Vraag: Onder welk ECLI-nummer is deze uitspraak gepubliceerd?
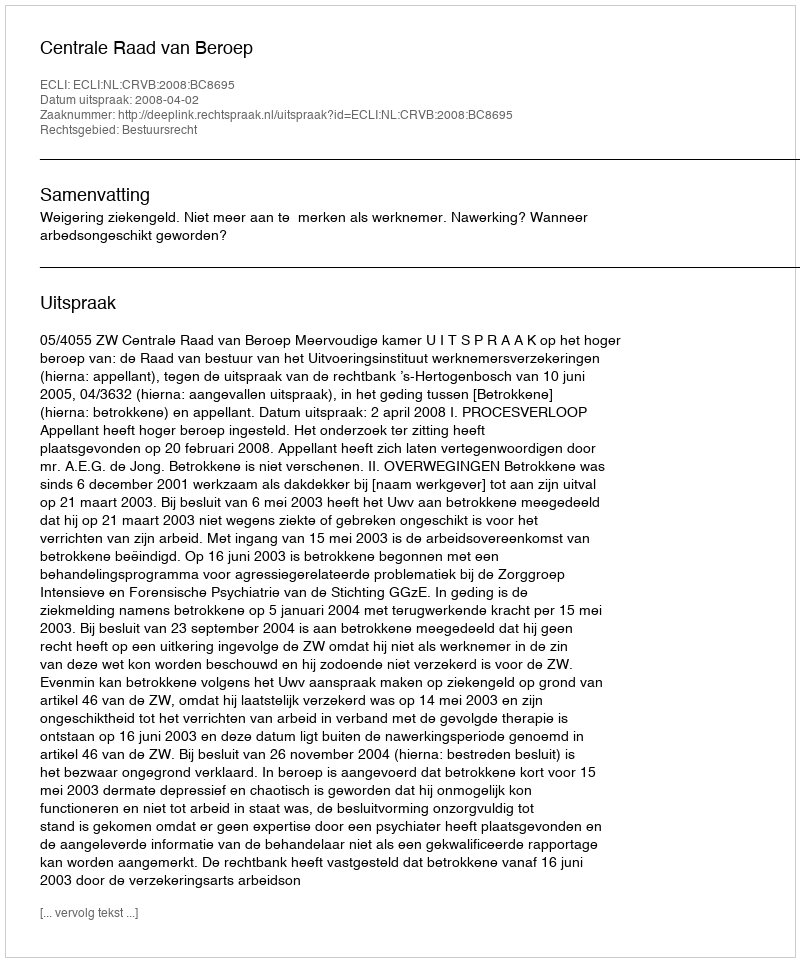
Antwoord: ECLI:NL:CRVB:2008:BC8695